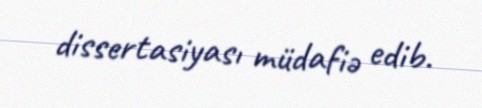
dissertasiyası müdafiə edib.